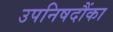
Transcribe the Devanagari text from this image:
उपनिषदौंका